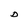
Character: D